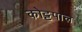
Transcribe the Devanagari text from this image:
कोट्टपाल